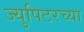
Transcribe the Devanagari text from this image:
ज्युपिटरच्या